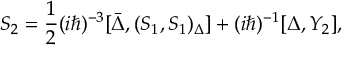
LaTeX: S _ { 2 } = \frac { 1 } { 2 } ( i \hbar ) ^ { - 3 } [ \bar { \Delta } , ( S _ { 1 } , S _ { 1 } ) _ { \Delta } ] + ( i \hbar ) ^ { - 1 } [ \Delta , Y _ { 2 } ] ,